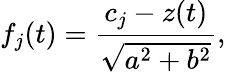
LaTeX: f_{j}(t)={\frac{c_{j}-z(t)}{\sqrt{a^{2}+b^{2}}}},